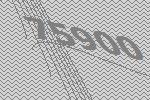
75900